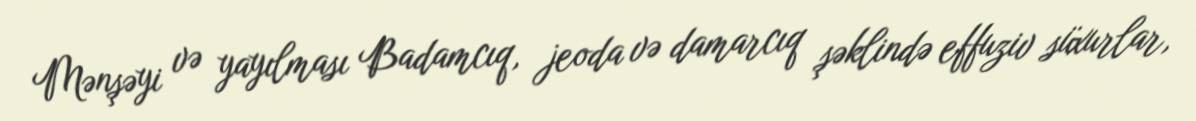
Mənşəyi və yayılması Badamcıq, jeoda və damarcıq şəklində effuziv süxurlar,